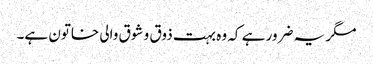
مگر یہ ضرور ہے کہ وہ بہت ذوق و شوق والی خاتون ہے۔